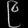
Digit: ၉